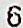
6